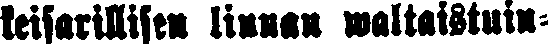
keisarillisen linnan waltaistuin-